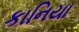
કાનિયા